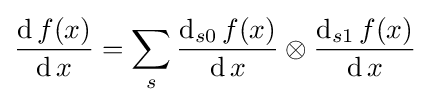
{\frac {\operatorname {d} f(x)}{\operatorname {d} x}}=\sum _{s}{\frac {\operatorname {d} _{s0}f(x)}{\operatorname {d} x}}\otimes {\frac {\operatorname {d} _{s1}f(x)}{\operatorname {d} x}}